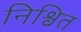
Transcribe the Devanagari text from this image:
निश्वित